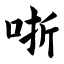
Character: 哳